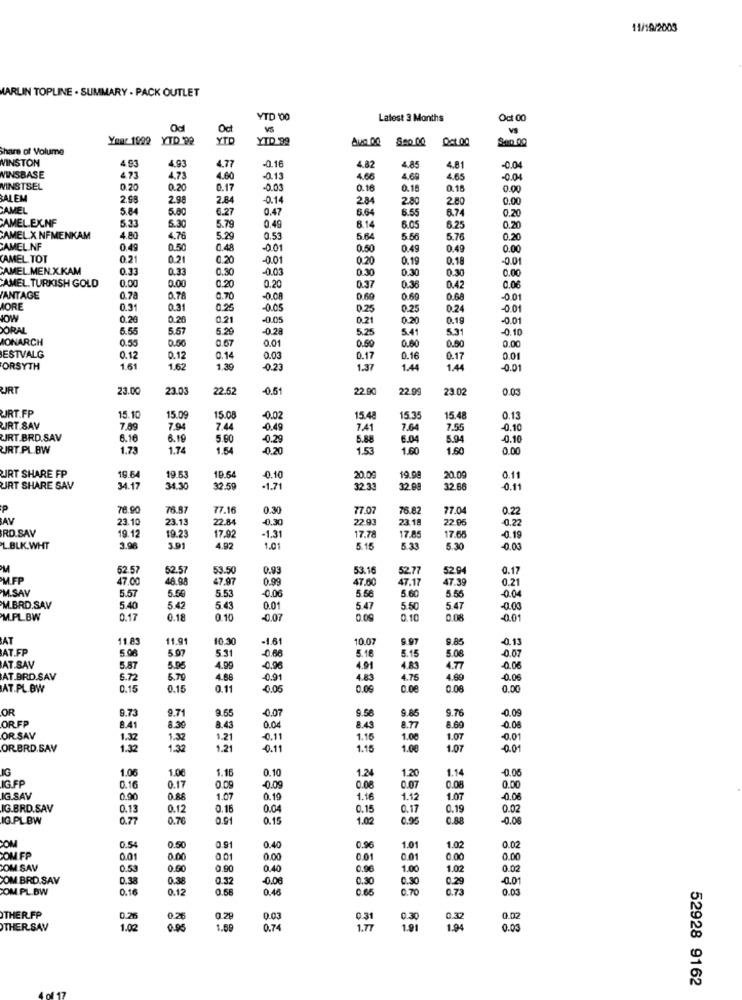
11/19/2003
MARLIN TOPLINE . SUMMARY . PACK OUTLET
YTD '00
Latest 3 Months
Oct 00
Oc
Your 1992 YTD 92
YTD
YTD 99
Aun 00
0=1.00
Sen 00
Share of Volume
WINSTON
4.93
4.77
-0.16
4.93
4.82
4.85
4.81
-0.04
WINSBASE
4.73
4.73
4.60
0.13
4.68
4.69
4.65
-0.04
MINSTSEL
0.20
0.20
0.17
-0.03
0.16
0.18
0.15
0.00
ALEM
2.98
2.98
2.84
-0.14
284
2.80
2.80
0.00
CAMEL
5.84
5.00
6.27
0.47
6.64
6.55
6.74
0.20
CAMEL.EX.NF
6.14
5.33
5.30
5.79
0.49
6.05
6.25
0.20
CAMEL.X NFMENKAM
4.80
4.76
5.29
0.53
5.64
5.56
5.76
0.20
CAMEL NF
0.49
0.50
0.48
0.01
0.50
0.49
0.49
0.00
CAMEL. TOT
0.21
0.21
0.20
-0.01
0.20
0.19
0.18
-0.01
CAMEL.MEN.X.KAM
0.33
0.33
0.30
-0.03
0.30
0.30
0.30
0.00
CAMEL. TURKISH GOLD
0.00
0.00
0.20
0.20
0.37
0.36
0.42
0.06
ANTAGE
0.78
0.78
0.70
-O.CA
0.69
0.69
0.68
-001
ORE
0.31
0.31
0.25
-0.05
0.25
0.25
0.24
-0.01
JOW
0.20
0.20
0.21
-0.05
0.21
0.20
0.19
-0.01
ORAL
5.55
5.57
5.20
-0.28
5.25
5.41
5.31
-0.10
MONARCH
0.55
0.50
0.57
0.01
0.50
0.60
0.90
0.00
ESTVALG
0.12
0.12
0.14
0.03
0.17
0.16
0.17
0.01
FORSYTH
1.61
1.62
1.39
0.23
1.37
1.44
1.44
-0.01
URT
23.00
23.0
22.52
-0.51
22.90
22.9
23.02
0.03
URT.FP
15.10
15.09
15.08
-0.02
15.48
15.35
15.48
0.13
RT.SAV
7.89
7.94
7.44
-0.49
7.41
7.64
7.55
-0.10
WIRT.BRD.SAV
6.16
6.19
5.00
-0.29
5.88
6.04
5.94
0.10
URT.PL BW
1.73
1.74
1.54
-0.20
1.53
1.60
1.60
0.00
JRT SHARE FP
19.64
19.53
19.54
0.10
20.09
19.98
20.09
0.11
JRT SHARE SAV
34.17
34.3
32.59
-1.71
32.33
32.@
12.6
0.11
78.90
76.87
77.16
0.30
77.07
76.82
77.04
0.22
AV
23.10
23.13
22.84
-0.30
22.93
23.18
22.96
0.22
RD.SAV
17.92
19.12
19.23
-1.31
17.78
17.85
17.68
-0.19
L.BUK.WHT
3.96
3.91
4.92
1.01
5.15
5.33
5.30
-0.03
62.57
52.57
53.50
0.93
53.16
52.77
52.94
0.17
M.FP
47.00
46.98
47.97
0.99
47.60
47.17
47.39
M.SAV
5.57
0.21
6.50
5.53
-0.06
5.58
5.60
5.55
00
M.BRD.SAV
5.40
5.42
5.43
0.01
5.47
5.50
5.47
-0.03
M.PL.BW
0.17
0.18
0.10
-0.07
0.09
0.10
0.08
-0.01
AT
11.83
11.9
10.30
-1.61
10.07
9.97
9.8
-0.13
AT.FP
5.98
5.07
5.31
5.16
5.15
5.08
-0.07
-0.66
AT.SAV
5.87
5.96
4.99
-0.96
4.91
4.83
4.77
-0.06
AT.BRD.SAV
6.72
5.79
4.88
091
4.83
4.75
4.60
-0.06
AT.PL.BW
0.15
0.15
0.11
0.05
0.09
0.08
0.00
OR
9.73
9.7
9.65
0.07
9.58
9.76
-0.09
ORFF
9.85
8.41
8.30
8.43
0.04
8.43
8.77
8.60
-0.06
OR SAV
1.37
1.32
1.21
-0.11
1.15
1.00
1.07
-0.01
OR BRD.SAV
1.32
1.32
1.21
-0.11
1.15
1.08
1.07
0.01
IG
1.06
1.06
1.16
0.10
1.24
1.14
-0.00
IG FP
1.20
0.10
0.17
0.09
0.09
0.08
0.07
0.08
0.00
IG.SAV
0.90
0.88
1.07
0.19
1.16
1.12
1.07
-0.06
IG.BRD.SAV
0.1
0.12
0.16
0.04
0.15
0.17
0.19
0.02
IG.PL BW
0.77
0.76
0.91
0.15
1.02
0.95
0.88
-0.06
0.02
COM
0.54
0.50
0.91
0.40
0.96
1.01
1.02
COM FP
0.01
0.00
0.01
0.00
0.01
0.01
0.00
0.00
COM SAV
0.53
0.00
0.90
0.40
0.96
1.00
1.02
0.02
COM BRD.SAV
0.38
0.38
0.32
-0.00
0.30
0.30
0.29
-0.01
COM. PL.BW
0.16
0.12
0.58
0.46
0.65
0.70
0.73
0.03
THER FP
0.21
0.26
0.29
0.03
0.31
0.30
0.32
0.02
THERSAV
1.02
0.95
1.59
0.74
1.77
1.91
1.94
0.03
52928 9162